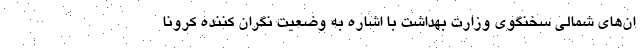
ان‌های شمالی سخنگوی وزارت بهداشت با اشاره به وضعیت نگران کننده کرونا